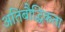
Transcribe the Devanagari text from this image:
अतिबौद्धिकता